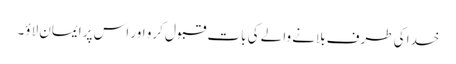
خدا کی طرف بلانے والے کی بات قبول کرو اور اس پر ایمان لاؤ۔